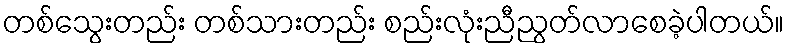
တစ်သွေးတည်း တစ်သားတည်း စည်းလုံးညီညွတ်လာစေခဲ့ပါတယ်။